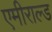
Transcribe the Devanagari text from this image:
एमीराल्ड